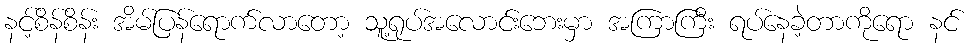
နင့်စိန်စိန်း အိမ်ပြန်ရောက်လာတော့ သူ့ရုပ်အလောင်းဘေးမှာ အကြာကြီး ရပ်နေခဲ့တာကိုရော နင်